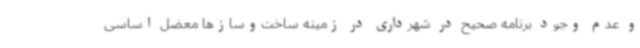
و عدم وجود برنامه صحیح در شهرداری در زمینه ساخت‌وسازها معضل اساسی